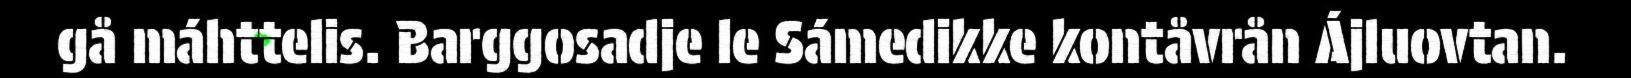
gå máhttelis. Barggosadje le Sámedikke kontåvrån Ájluovtan.